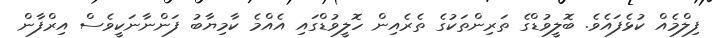
ފިލްމެއް ކުޅެފައެވެ. ބޮލީވުޑްގެ ތަރިންތަކުގެ ތެރެއިން ހޮލީވުޑްގައި އެއްމެ ކާމިޔާބު ފަންނާނަކީވެސް އިރްފާން